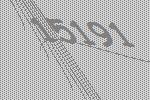
15191